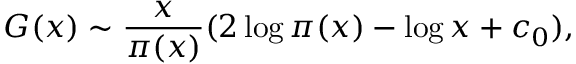
G ( x ) \sim { \frac { x } { \pi ( x ) } } ( 2 \log \pi ( x ) - \log x + c _ { 0 } ) ,